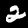
Digit: 2